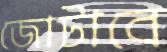
জোটাবে